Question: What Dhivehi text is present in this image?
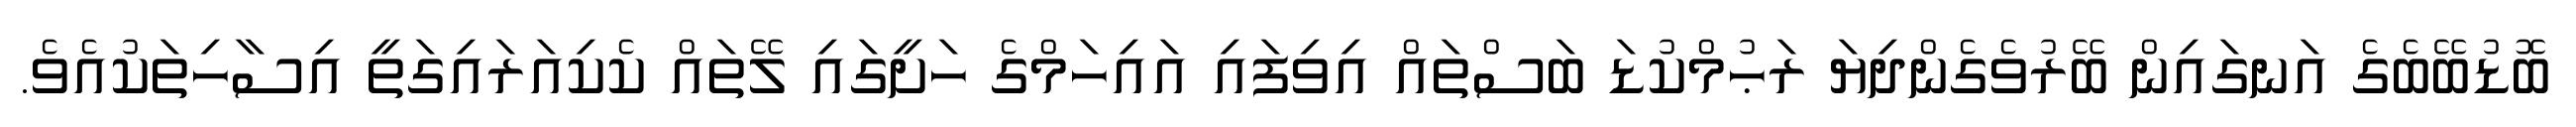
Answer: ބޮޑުބޭބެގެ އަނގައިން ބޭރުވެގެންދިޔަ ރަޙުމްކުޑަ ބަސްތައް އިވިފައި އައިހަމްގެ ހަށީގައި ލޭތައް ކެކިއަރައިގަތީ އިސާހިތަކުއެވެ.